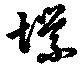
堞